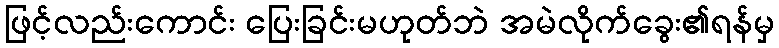
ဖြင့်လည်းကောင်း ပြေးခြင်းမဟုတ်ဘဲ အမဲလိုက်ခွေး၏ရန်မှ